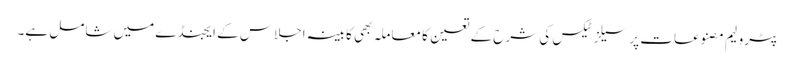
پٹرولیم مصنوعات پر سیلز ٹیکس کی شرح کے تعین کا معاملہ بھی کابینہ اجلاس کے ایجنڈے میں شامل ہے۔